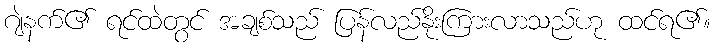
ဂျဲနက်၏ ရင်ထဲတွင် အချစ်သည် ပြန်လည်နိုးကြားလာသည်ဟု ထင်ရ၏။